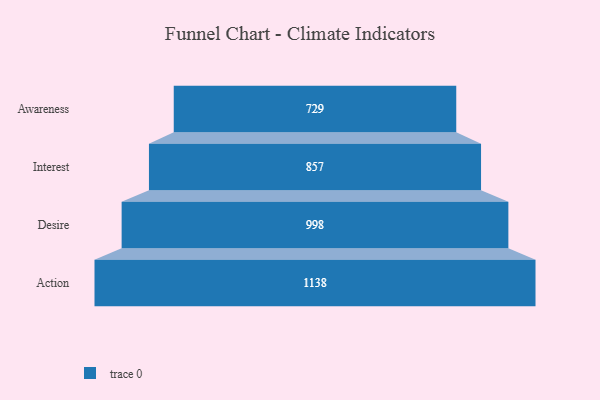
{"axis": {"x": "Stage", "y": "Value"}, "legend": [""], "data": [{"x": "Awareness", "y": 729.0, "type": ""}, {"x": "Interest", "y": 857.0, "type": ""}, {"x": "Desire", "y": 998.0, "type": ""}, {"x": "Action", "y": 1138.0, "type": ""}]}